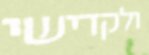
ולקדישי